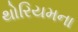
થોરિયમના